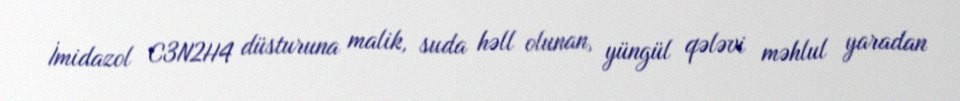
İmidazol C3N2H4 düsturuna malik, suda həll olunan, yüngül qələvi məhlul yaradan